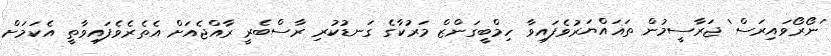
'ނޯރޯވައިރަސް' ޖަރާސީމުން ތަޣައްޔަރުވެފައިވާ ހިމްބީގަންޒް މަރުކާގެ ގަނޑުކުރި ރާސްބެރީ ރާއްޖެއަށް އެތެރެވެފައިވާތީ އެކަމަށް